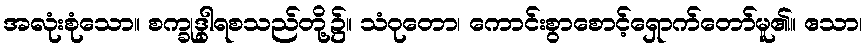
အလုံးစုံသော။ စက္ခုဒွါရစသည်တို့၌။ သံဝုတော၊ ကောင်းစွာစောင့်ရှောက်တော်မူ၏။ ဧသာ၊